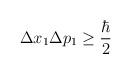
LaTeX: \begin{align*}\Delta x_1\Delta p_1\geq \frac{\hbar}{2}\end{align*}